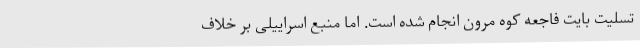
تسلیت بایت فاجعه کوه مرون انجام شده است. اما منبع اسراییلی بر خلاف